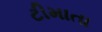
ટીમાતા